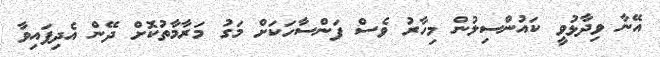
އޭނާ ވިދާޅުވީ ކައުންސިލުން މިހާރު ވެސް ފަންސާހަކަށް މަގު މަރާމާތުކޮށް ދޭން އެދިފައިވާ